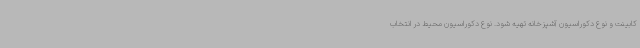
کابینت و نوع دکوراسیون آشپزخانه تهیه شود. نوع دکوراسیون محیط در انتخاب